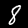
Digit: 8